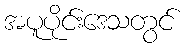
အပူပိုင်းဒေသတွင်